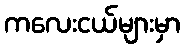
ကလေးငယ်များမှာ